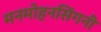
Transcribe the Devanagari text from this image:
मनमोहनसिंगनी